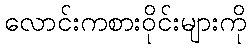
လောင်းကစားဝိုင်းများကို